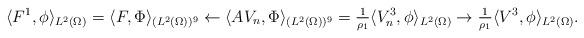
LaTeX: \begin{align*}\langle F^{1}, \phi\rangle_{L^{2}(\Omega)} = \langle F, \Phi\rangle_{(L^{2}(\Omega))^{9}}\leftarrow \langle AV_{n}, \Phi\rangle_{(L^{2}(\Omega))^{9}} =\tfrac{1}{\rho_{1}} \langle V^{3}_{n}, \phi\rangle_{L^{2}(\Omega)}\to \tfrac{1}{\rho_{1}} \langle V^{3}, \phi\rangle_{L^{2}(\Omega)}. \end{align*}